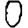
Digit: 0